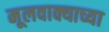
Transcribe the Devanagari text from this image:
मूलवाक्याच्या